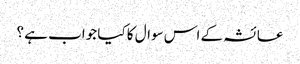
عائشہ کے اس سوال کا کیا جواب ہے ؟